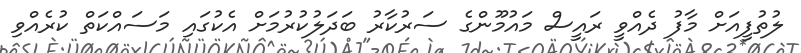
ލުތުފީއަށް މާފު ދެއްވީ ރައީސް މައުމޫންގެ ސަރުކާރު ބަދަލުކުރުމަށް އެކުގައި މަސައްކަތް ކުރެއްވި